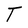
Character: T